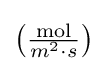
\left({\tfrac {\mathrm {mol} }{m^{2}\cdot s}}\right)